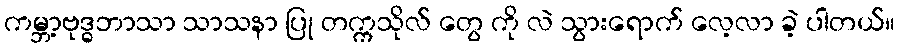
ကမ္ဘာ့ဗုဒ္ဓဘာသာ သာသနာ ပြု တက္ကသိုလ် တွေ ကို လဲ သွားရောက် လေ့လာ ခဲ့ ပါတယ်။